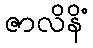
ဇာလိနိံ